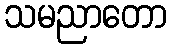
သမညာတော